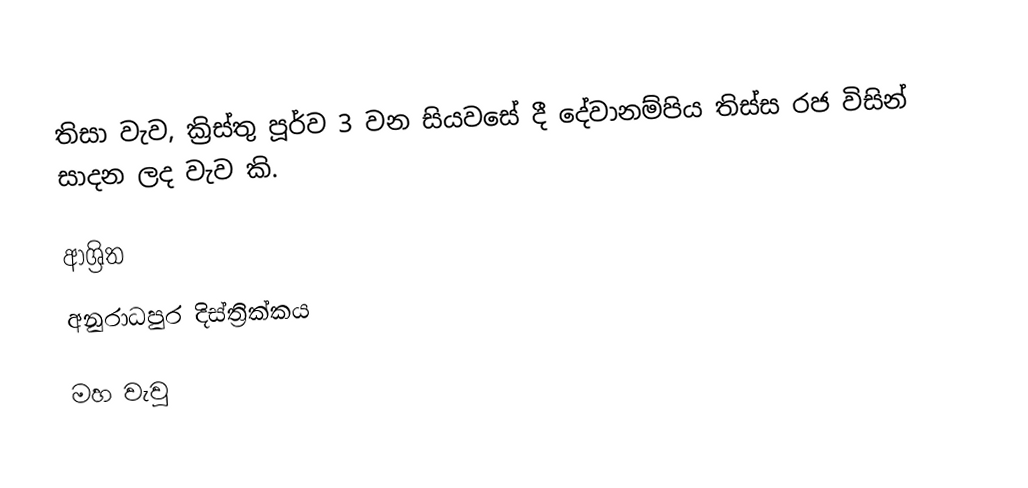
තිසා වැව, ක්‍රිස්තු පූර්ව 3 වන සියවසේ දී දේවානම්පිය තිස්ස රජ විසින් සාදන ලද වැව කි.

ආශ්‍රිත
 අනුරාධපුර දිස්ත්‍රික්කය

මහ වැවු